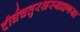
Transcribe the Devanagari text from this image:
दीर्घचतुरश्रस्याक्ष्णया